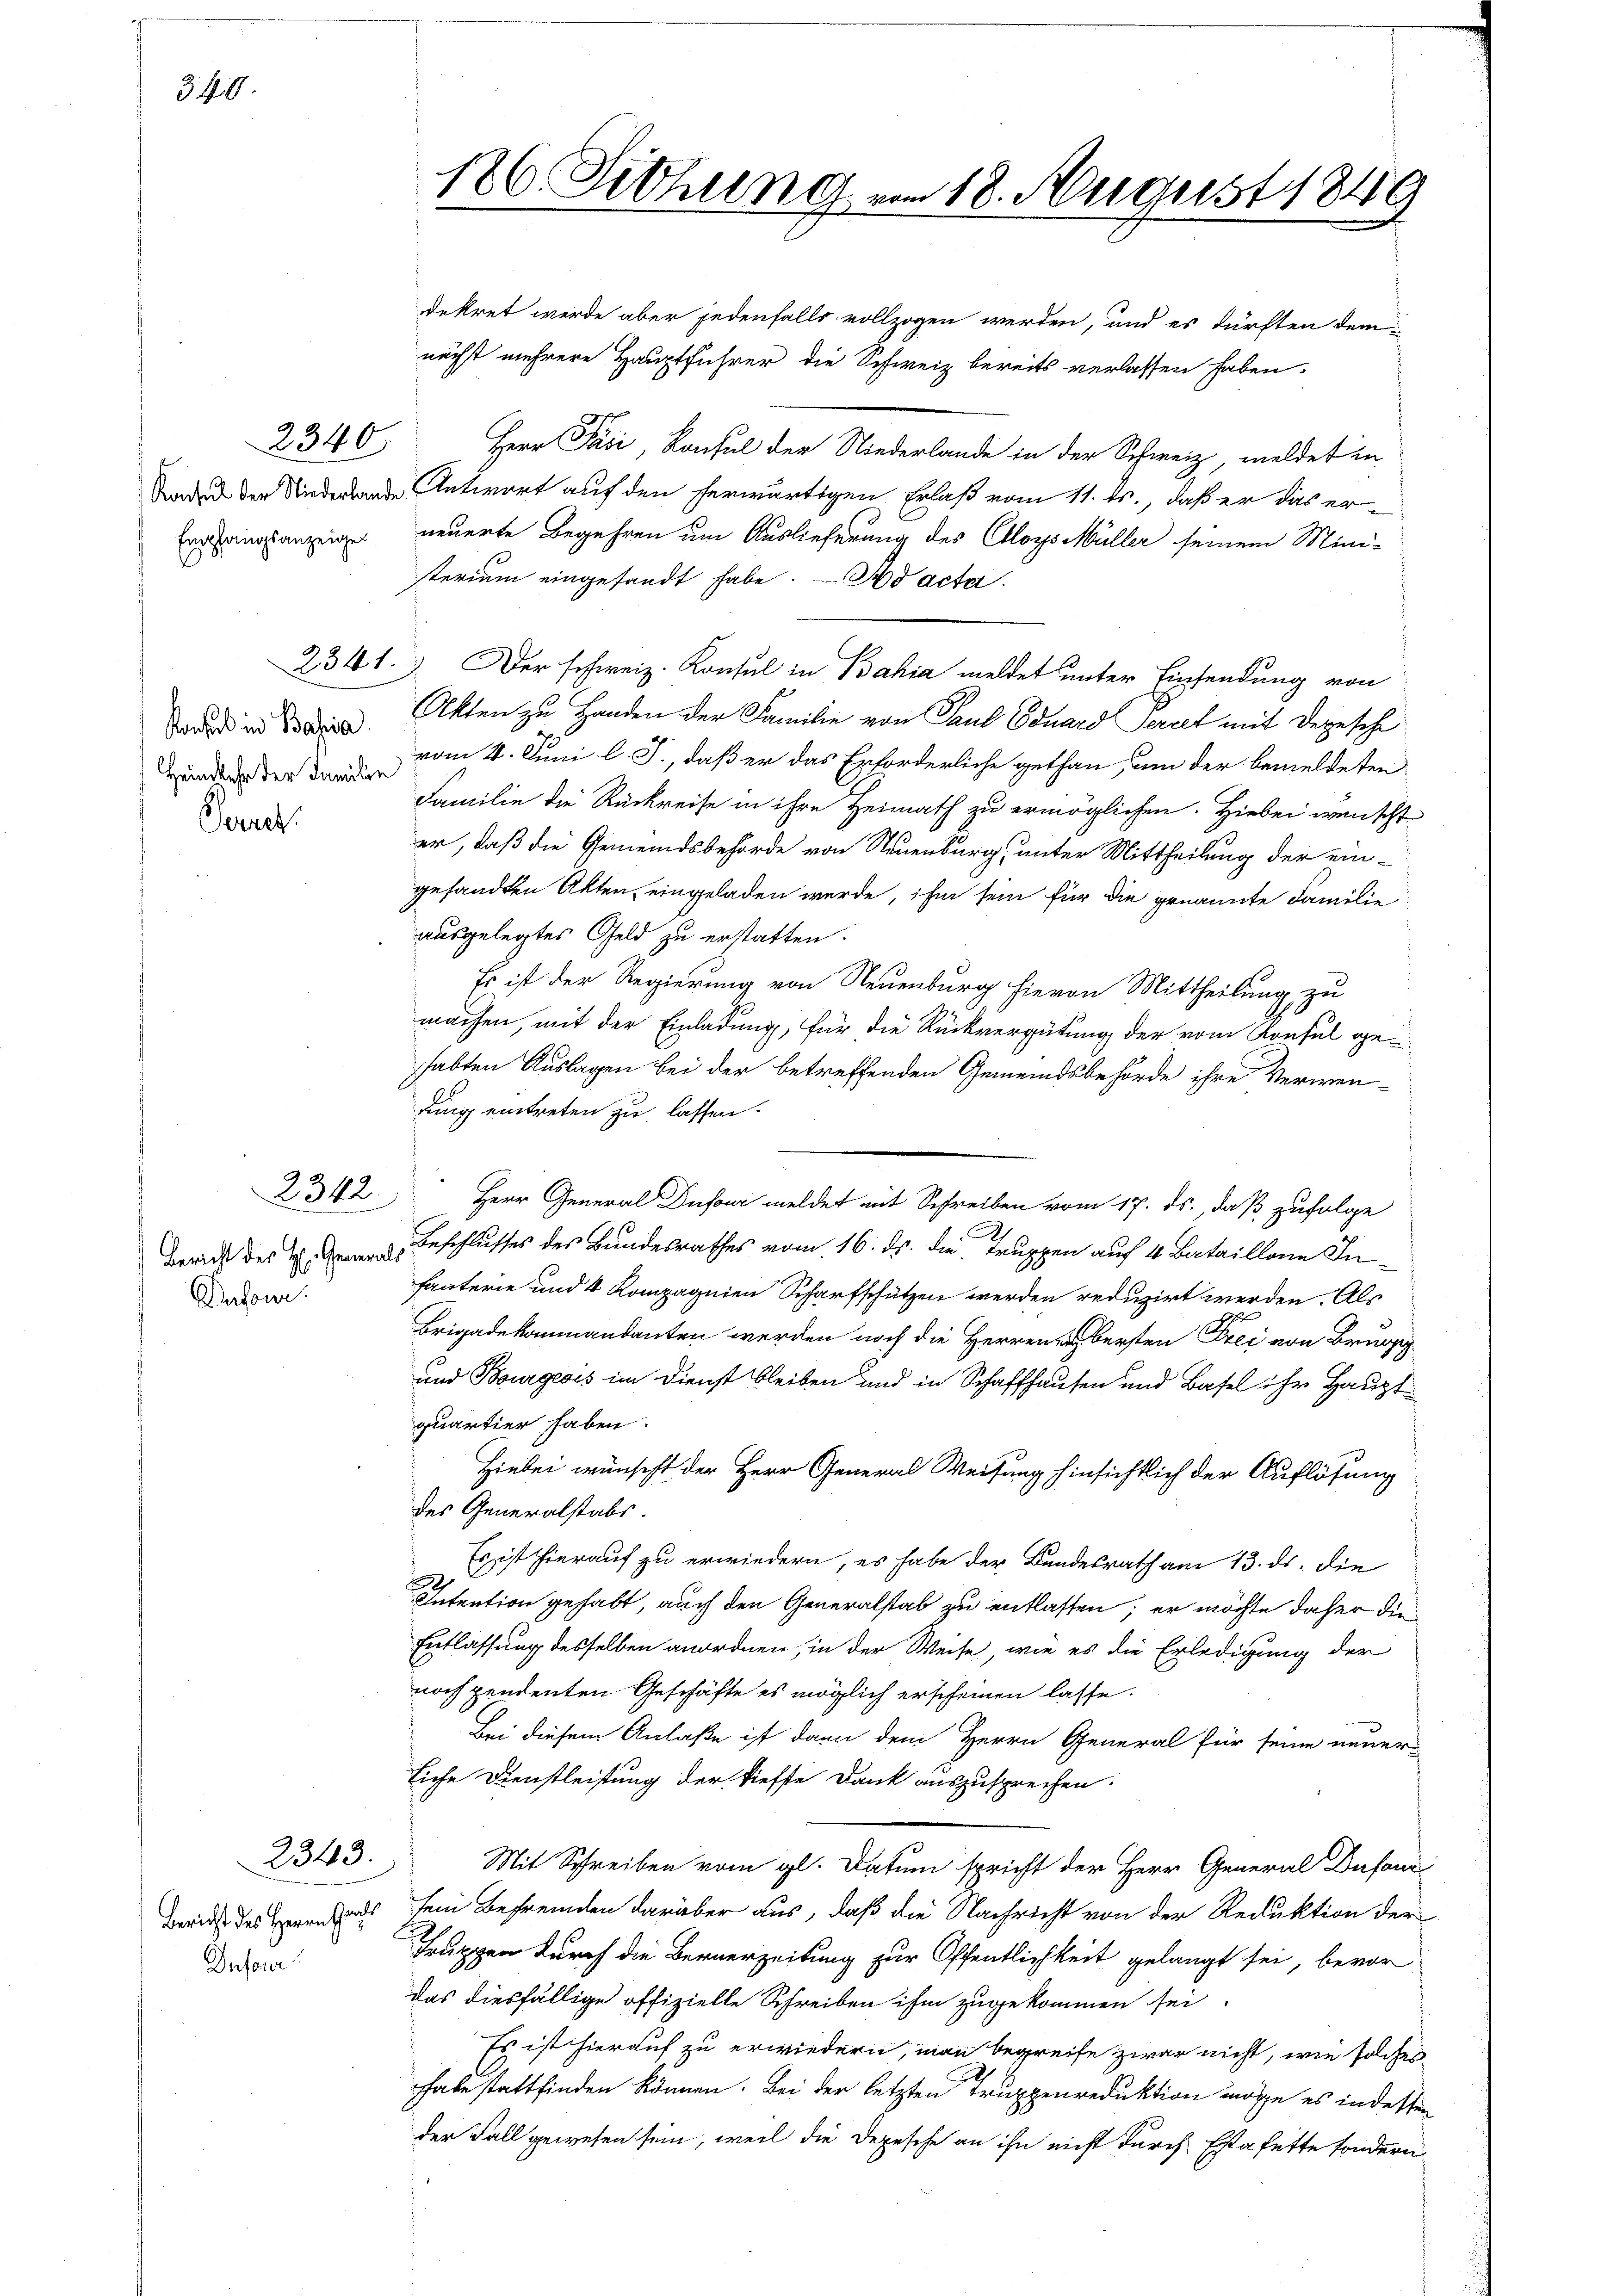
340.

Empfangsanzeige
d

Konsul in Bahia
Heimkehr der Familie
Torres

2342.

Dufour.

2343.

Bericht des Herrn Grats
Infere

126 Ziehung am 18. August 1849

2340 Herr Paci, Konsul der Niederlande in der Schweiz, meldet in
Soden der Niederbande Antwort auf den herwärtigen Erlaß vom 11. ds., daß er das erneuerte Begehren um Auslieferung des Aloys Müller seinem Mini-
sterium eingesandt habe. Ad acta.
2341. Der schweiz. Konsul in Bahia meldet unter Einsendung von
Akten zu Handen der Familie von Paul Eduard Seriet mit Depesche
vom 4. Juni l. J., daß er das Erforderliche gethan, um der bemeldeten
Familie die Rückreise in ihre Heimath zu ermöglichen. Hiebei wünscht
er, daß die Gemeindsbehörde von Neuenburg, unter Mittheilung der ein-
gesandten Akten, eingeladen werde, ihm sein für die genannte Familie
ausgelegtes Geld zu erstatten.
Es ist der Regierung von Neuenburg hievon Mittheilung zu
machen, mit der Einladung, für die Rückvergütung der vom Konsul gehabten Auslagen bei der betreffenden Gemeindsbehörde ihre Verwen-
dung eintreten zu lassen.
Herr General Dufour meldet mit Schreiben vom 17. ds., daß zufolge
Bericht der Beschlusses des Bundesrathes vom 16. ds. die Truppen auf 4 Bataillone Infauterie und 4 Kompagnien Scharfschützen werden reduzirt werden. Als
Brigadekommandanten werden noch die Herren erbersten Frei von Brun
und Bourgeois im Dienst bleiben und in Schaffhausen und Basel ihr Hauptquartier haben.
Hiebei wünscht der Herr General Weisung hinsichtlich der Auflösung
des Generalstabs.
Es ist hierauf zu erwiedern, es habe der Bundesrath am 13. ds. die
d
Intention gehabt, auch den Generalstab zu entlassen; er möchte daher die
Entlassung desselben anordnen, in der Weise, wie es die Erledigung der
noch pendenten Geschäfte es möglich erscheinen lasse.
Bei diesem Anlaße ist dann dem Herrn General für seine neuer-
liche Dienstleistung der tiefste Dank auszusprechen.
Mit Schreiben vom gl. Datum spricht der Herr General Dufour
sein Befremden darüber aus, daß die Nachricht von der Reduktion der
Truppen durch die Bernerzeitung zur Öffentlichkeit gelangt sei, bevor
das diesfällige offizielle Schreiben ihm zugekommen sei.
Es ist hierauf zu erwiedern, man begreife zwar nicht, wie solches
hhabe stattfinden können. Bei der letzten Truppenreduktion möge es in dessen
der Fall gewesen sein, weil die Depesche an ihn nicht durch Estafette sondern

dekret werde aber jedenfalls vollzogen werden, und es dürften demnächst mehrere Hauptführer die Schweiz bereits verlassen haben.